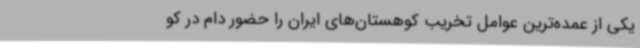
یکی از عمده‌ترین عوامل تخریب‌ کوهستان‌های ایران را حضور دام در کو